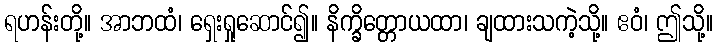
ရဟန်းတို့။ အာဘထံ၊ ရှေးရှုဆောင်၍။ နိက္ခိတ္တောယထာ၊ ချထားသကဲ့သို့။ ဧဝံ၊ ဤသို့။